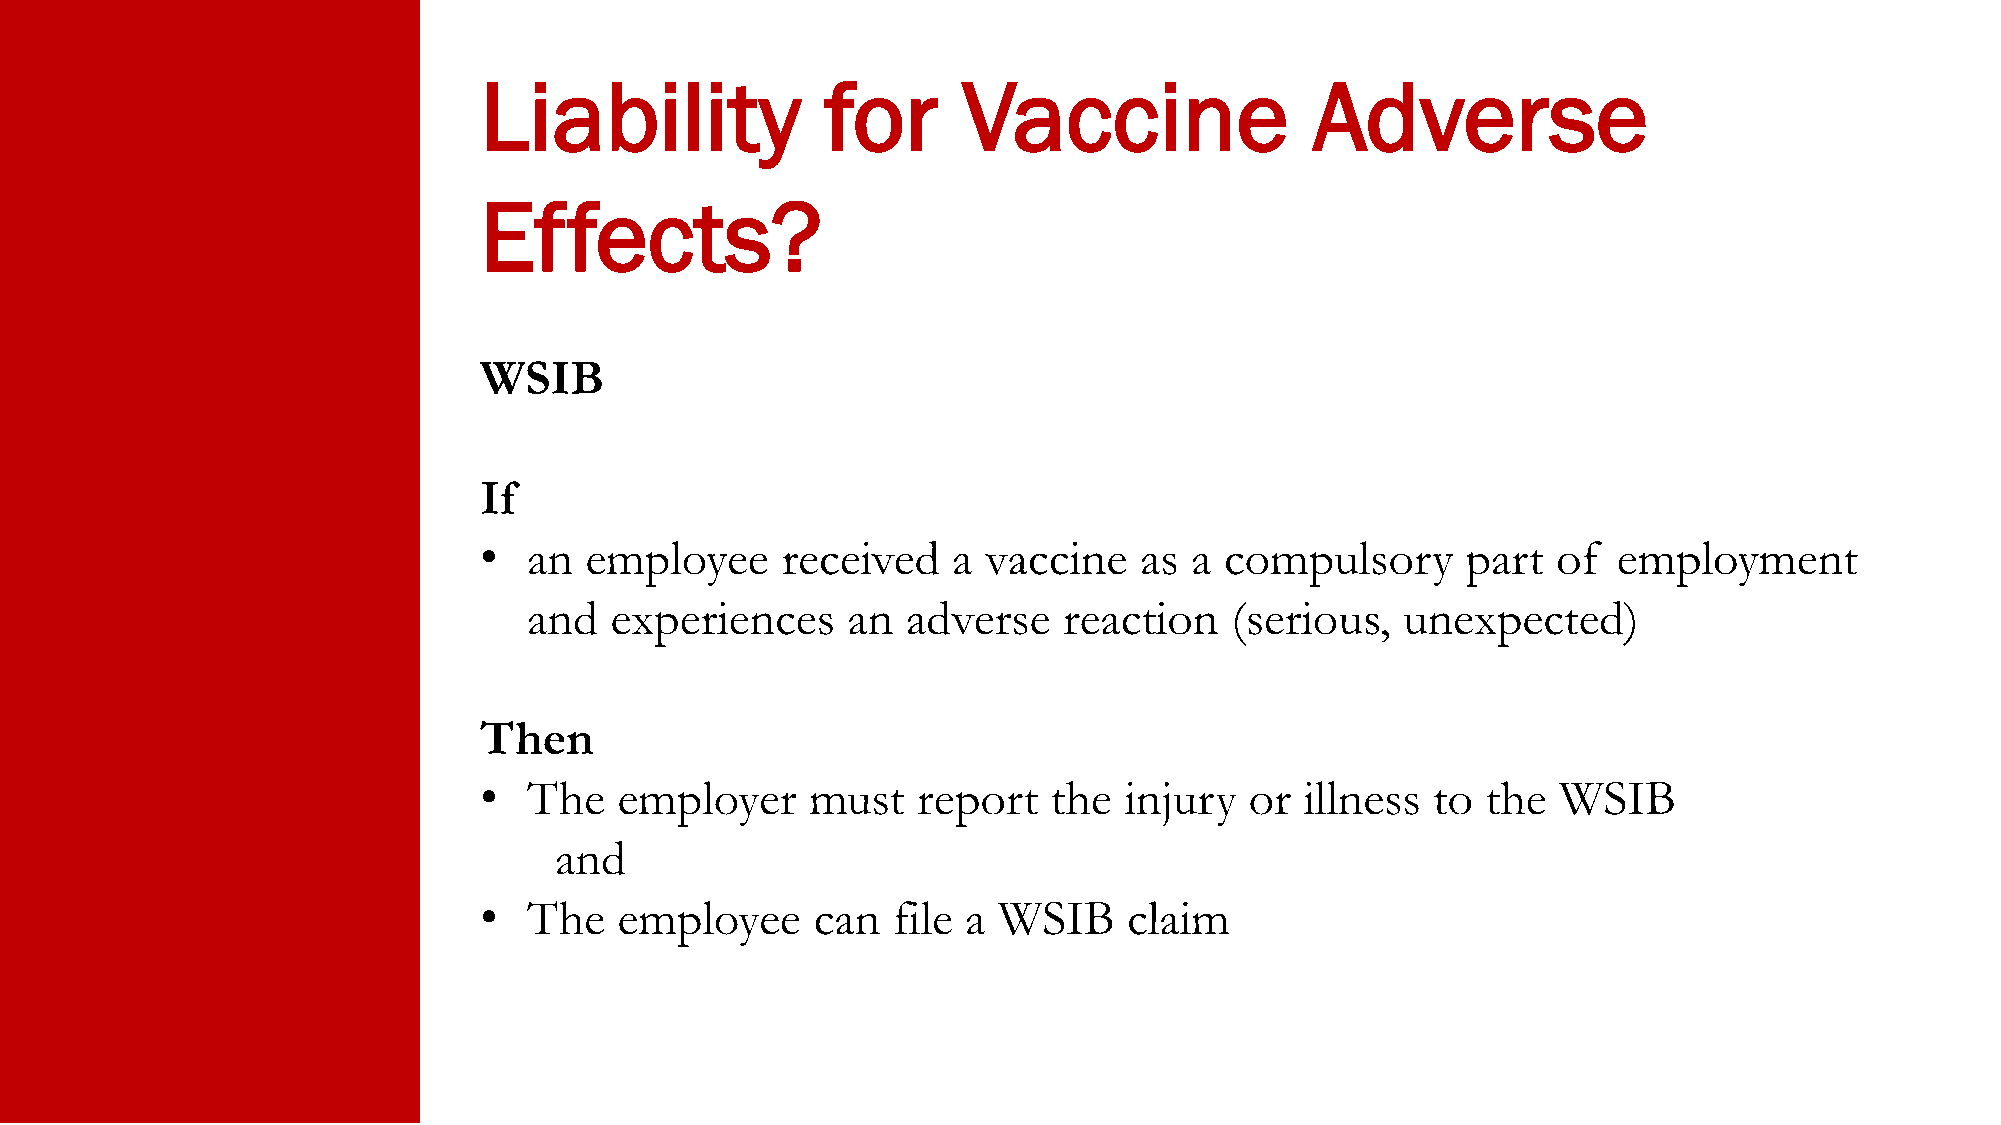
Liability              for      Vaccine                Adverse
 Effects?
 WSIB
 If
 •  an  employee     received   a vaccine   as  a compulsory      part  of  employment
 and  experiences     an  adverse   reaction   (serious,   unexpected)
 Then
 •  The   employer     must   report   the injury   or illness  to the  WSIB
 and
 •  The   employee     can  file a WSIB     claim